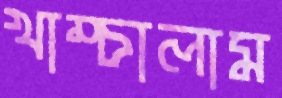
খাম্‌চালাম